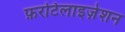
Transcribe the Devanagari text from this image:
फ़रटिलाइज़ेशन